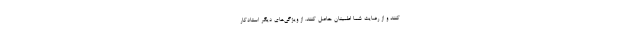
کنند و از رضایت شما اطمینان حاصل کنند. از ویژگی‌های دیگر استادکار